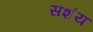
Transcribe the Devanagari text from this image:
सशंय